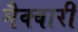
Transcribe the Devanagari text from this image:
मैक्वारी